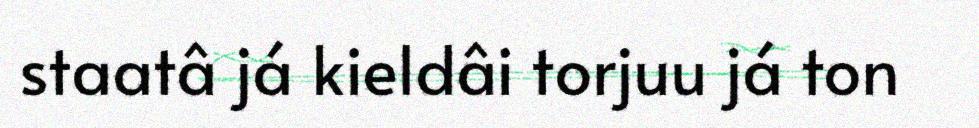
staatâ já kieldâi torjuu já ton